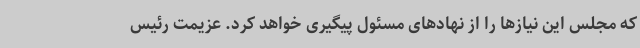
که مجلس این نیازها را از نهادهای مسئول پیگیری خواهد کرد. عزیمت رئیس